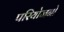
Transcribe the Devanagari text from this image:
परियोजनो